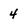
Character: 4